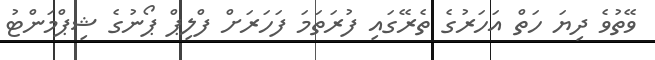
ވޭތުވެ ދިޔަ ހަތް އަހަރުގެ ތެރޭގައި ފުރަތަމަ ފަހަރަށް ފްލިޕް ޕޯނުގެ ޝިޕްމަންޓު